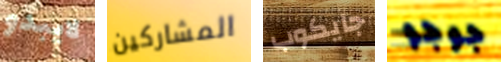
لايبدو المشاركين جايكوب جوجو